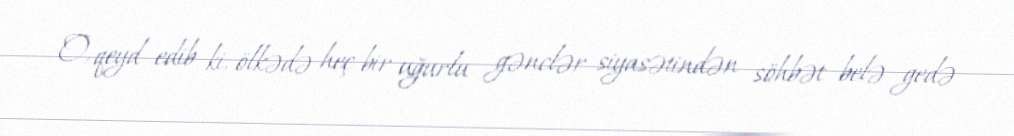
O, qeyd edib ki, ölkədə heç bir uğurlu gənclər siyasətindən söhbət belə gedə